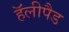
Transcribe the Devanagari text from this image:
हॅलीपैड